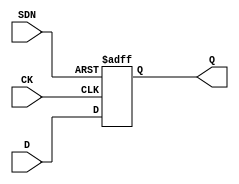
module aibcr3_ulvt16_dffsdn_cust ( 
	input wire CK,
	input wire SDN,
	input wire D,
	output reg Q
);

always@(posedge CK or negedge SDN) begin
	if (!SDN) begin
		Q <= 1'b1;
	end
	else begin
		Q <= D;
	end
end
endmodule